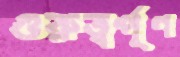
গুরুত্বর্পূণ